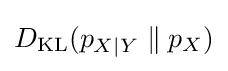
D_{\text{KL}}(p_{X\mid Y}\parallel p_{X})